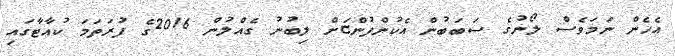
އެހެން ނަމަވެސް ލޯނުގެ ސަބަބުން އެކުންފުންޏަށް ލިބުނު ގެއްލުން 2016ގެ ފުރަތަމަ ކުއާޓާގައި